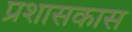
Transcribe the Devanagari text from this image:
प्रशासकास